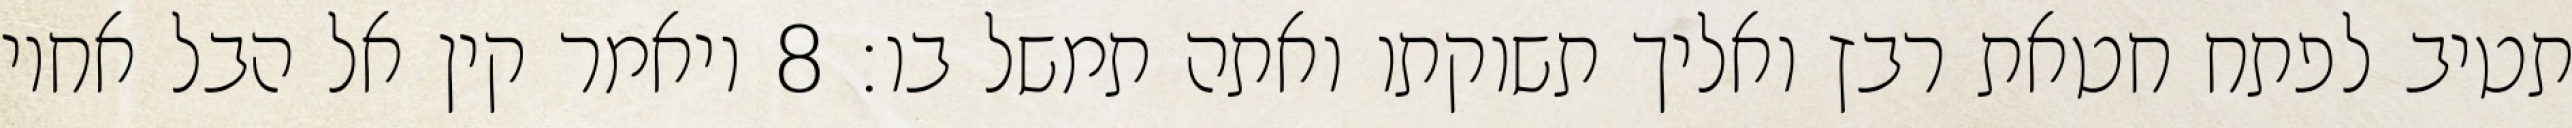
תטיב לפתח חטאת רבץ ואליך תשוקתו ואתה תמשל בו׃ ‎8‏ ויאמר קין אל הבל אחיו